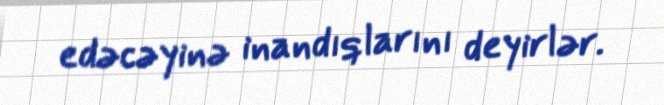
edəcəyinə inandıqlarını deyirlər.